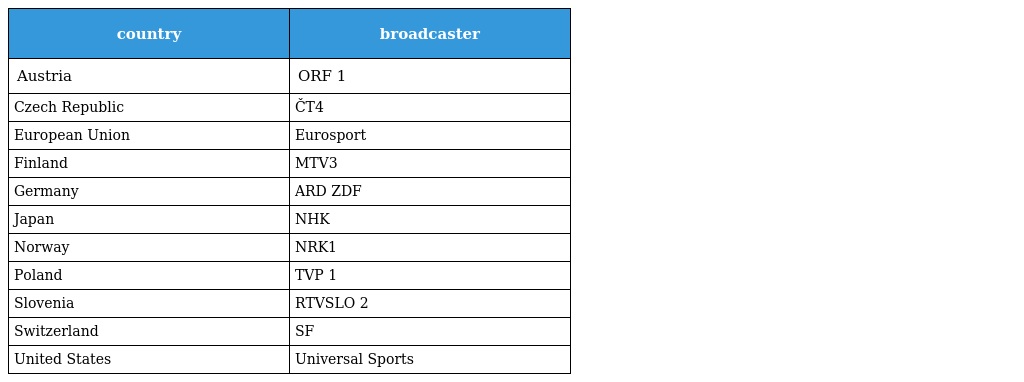
| country | broadcaster |
 | --- | --- |
 | Austria | ORF 1 |
 | Czech Republic | ČT4 |
 | European Union | Eurosport |
 | Finland | MTV3 |
 | Germany | ARD ZDF |
 | Japan | NHK |
 | Norway | NRK1 |
 | Poland | TVP 1 |
 | Slovenia | RTVSLO 2 |
 | Switzerland | SF |
 | United States | Universal Sports |